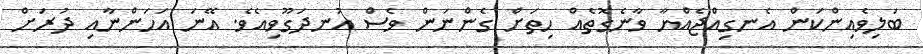
ބަލިވެއިންކަން އެނގިއްޖެއްޔާ ވާނެގޮތެއް ހިތަށް ގެންނަން ވެސް އުނދަގޫވިއެވެ. އޭނަ އަހަންނާއި ދުރަށް